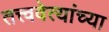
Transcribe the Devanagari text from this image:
तत्त्ववेत्यांच्या